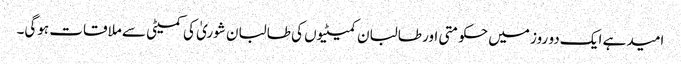
امید ہے ایک دو روز میں حکومتی اور طالبان کمیٹیوں کی طالبان شوریٰ کی کمیٹی سے ملاقات ہوگی۔